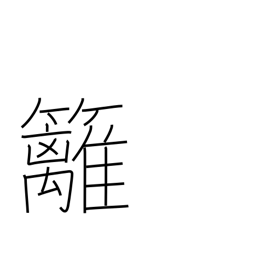
Meaning: bamboo hedge